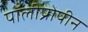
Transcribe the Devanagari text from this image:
पॉलीप्रोपीन